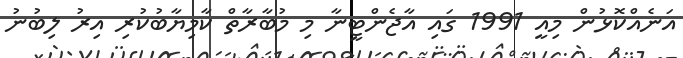
އަނެއްކޮޅުން މިއީ 1991 ގައި އާޖެންޓީނާ މި މުބާރާތް ކާމިޔާބުކުރި އިރު ލިބުނު